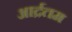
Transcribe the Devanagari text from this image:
आर्द्रतम